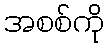
အစစ်ကို